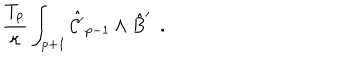
\frac { T _ { p } } { \kappa } \int _ { p + 1 } \hat { { \cal C } ^ { \prime } } _ { p - 1 } \wedge \hat { B } ^ { \prime } ~ ~ .